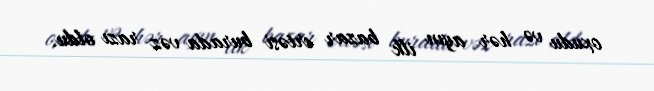
oxudu və hər ayın ilk bazar ertəsi burada vəz razı oldu.